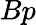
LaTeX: Bp